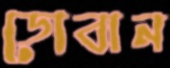
ডোবান